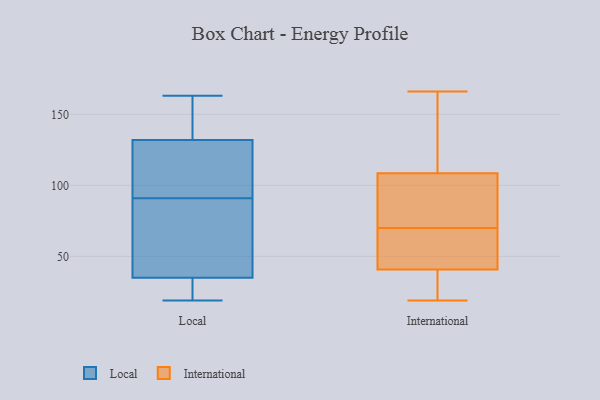
{"axis": {"x": "Website Visitors", "y": "Value"}, "legend": ["International", "Local"], "data": [{"x": "", "y": 35, "type": "Local"}, {"x": "", "y": 162, "type": "Local"}, {"x": "", "y": 163, "type": "Local"}, {"x": "", "y": 22, "type": "Local"}, {"x": "", "y": 58, "type": "Local"}, {"x": "", "y": 132, "type": "Local"}, {"x": "", "y": 40, "type": "Local"}, {"x": "", "y": 19, "type": "Local"}, {"x": "", "y": 95, "type": "Local"}, {"x": "", "y": 150, "type": "Local"}, {"x": "", "y": 20, "type": "Local"}, {"x": "", "y": 131, "type": "Local"}, {"x": "", "y": 26, "type": "Local"}, {"x": "", "y": 120, "type": "Local"}, {"x": "", "y": 87, "type": "Local"}, {"x": "", "y": 118, "type": "Local"}, {"x": "", "y": 46, "type": "Local"}, {"x": "", "y": 147, "type": "Local"}, {"x": "", "y": 19, "type": "International"}, {"x": "", "y": 48, "type": "International"}, {"x": "", "y": 108, "type": "International"}, {"x": "", "y": 110, "type": "International"}, {"x": "", "y": 70, "type": "International"}, {"x": "", "y": 25, "type": "International"}, {"x": "", "y": 54, "type": "International"}, {"x": "", "y": 43, "type": "International"}, {"x": "", "y": 102, "type": "International"}, {"x": "", "y": 166, "type": "International"}, {"x": "", "y": 96, "type": "International"}, {"x": "", "y": 147, "type": "International"}, {"x": "", "y": 34, "type": "International"}]}